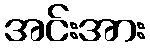
အင်းအား